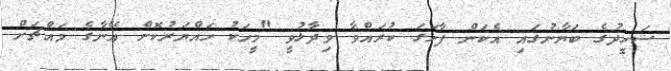
ޝަހީދުގެ ބަޔާނުގައި އެކަން ފާހަގަ ކުރައްވާ ވިދާޅުވީ "މީހަކު ހައްޔަރުކޮށް އޭނާގެ މައްޗަށް